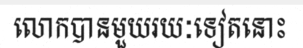
លោកបានមួយរយៈទៀតនោះ